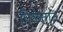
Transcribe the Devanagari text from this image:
पिळतात